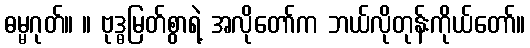
ဓမ္မဂုတ်။ ။ ဗုဒ္ဓမြတ်စွာရဲ့ အလိုတော်က ဘယ်လိုတုန်းကိုယ်တော်။